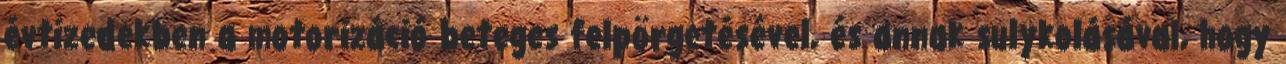
évtizedekben a motorizáció beteges felpörgetésével, és annak sulykolásával, hogy